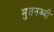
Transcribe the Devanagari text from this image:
मुतनब्बी